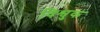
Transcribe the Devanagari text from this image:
विश्वुक